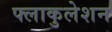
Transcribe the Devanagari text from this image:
फ्लाकुलेशन